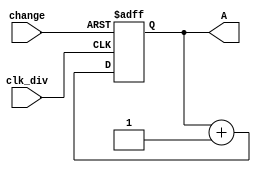
module Asyn_counter(clk_div,change,A);
input clk_div,change;
output [5:0]A;
reg [5:0]A;
always@(posedge clk_div or posedge change)
begin
	if(change ==1'b1)	
	A<=6'd0;
	else 
	A<= A+6'd1;
end
endmodule